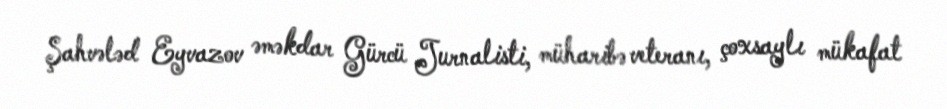
Şahvələd Eyvazov əməkdar Gürcü Jurnalisti, müharibə veteranı, çoxsaylı mükafat